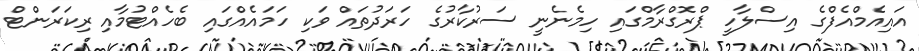
އައިއެމްއެފްގެ އިސްލާހީ ޕްރޮގްރާމްގައި ހިމެނެނީ ސަރުކާރުގެ ހަރަދުތައް ވަކި ހަމައެއްގައި ބެހެއްޓުމާއި ރިކަރަންޓް